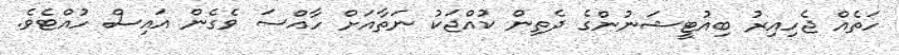
ހަތެއް ޖެހިއިރު ބިއުޓީޝަނުންގެ ދެތިން ކުއްޖަކު ނަތާއަށް ހާއްސަ ވެގެން އައިސް ހުއްޓެވެ.